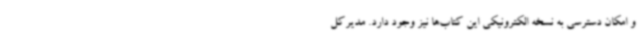
و امکان دسترسی به نسخه الکترونیکی این کتاب‌ها نیز وجود دارد. مدیرکل